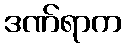
ဒဏ်ရာက